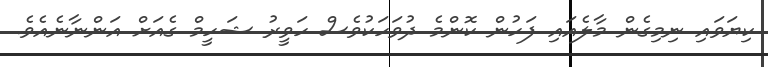
ކިޔަވައި ނިމިގެން މާލެއައި ފަހުން ކޮންމެ ދުވަހަކުވެސް ހަވީރު ޝަހީމް ގެއަށް އަންނާނެއެވެ.